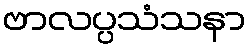
ဗာလပ္ပသံသနာ